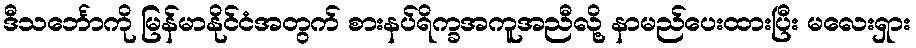
ဒီသင်္ဘောကို မြန်မာနိုင်ငံအတွက် စားနပ်ရိက္ခအကူအညီလို့ နာမည်ပေးထားပြီး မလေးရှား